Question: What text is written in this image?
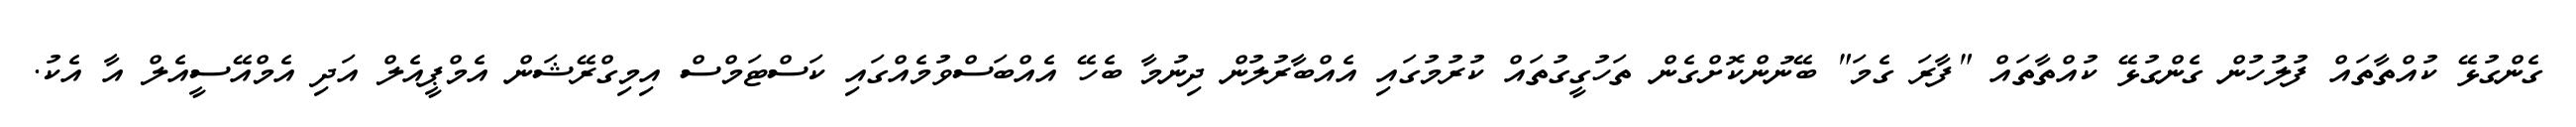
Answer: ގެންގުޅޭ ކުއްތާތައް ފުލުހުން ގެންގުޅޭ ކުއްތާތައް "ފާރަ ގެމަ" ބޭނުންކޮށްގެން ތަހުގީގުތައް ކުރުމުގައި އެއްބާރުލުން ދިނުމާ ބެހޭ އެއްބަސްވުމެއްގައި ކަސްޓަމްސް އިމިގްރޭޝަން އެމްޕީއެލް އަދި އެމްއޭސީއެލް އާ އެކު.